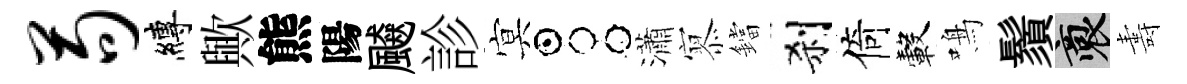
苟縛歟熊陽飇診㝠占瀟𡪹鐺刹倚轂鳴鬚裔夀